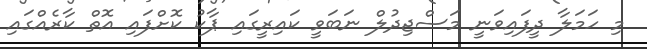
މި ހަމަލާ ދީފައިވަނީ މަސްޖިދުލް ނަބަވީ ކައިރީގައި ޕާކު ކޮށްފައި އޮތް ކާރެއްގައި